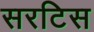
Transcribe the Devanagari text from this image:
सरटिस